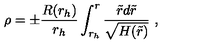
\rho = \pm \frac { R ( r _ { h } ) } { r _ { h } } \int _ { r _ { h } } ^ { r } \frac { \tilde { r } d \tilde { r } } { \sqrt { H ( \tilde { r } ) } } \ ,